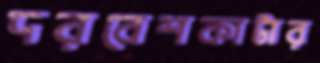
দরবেশকাটার